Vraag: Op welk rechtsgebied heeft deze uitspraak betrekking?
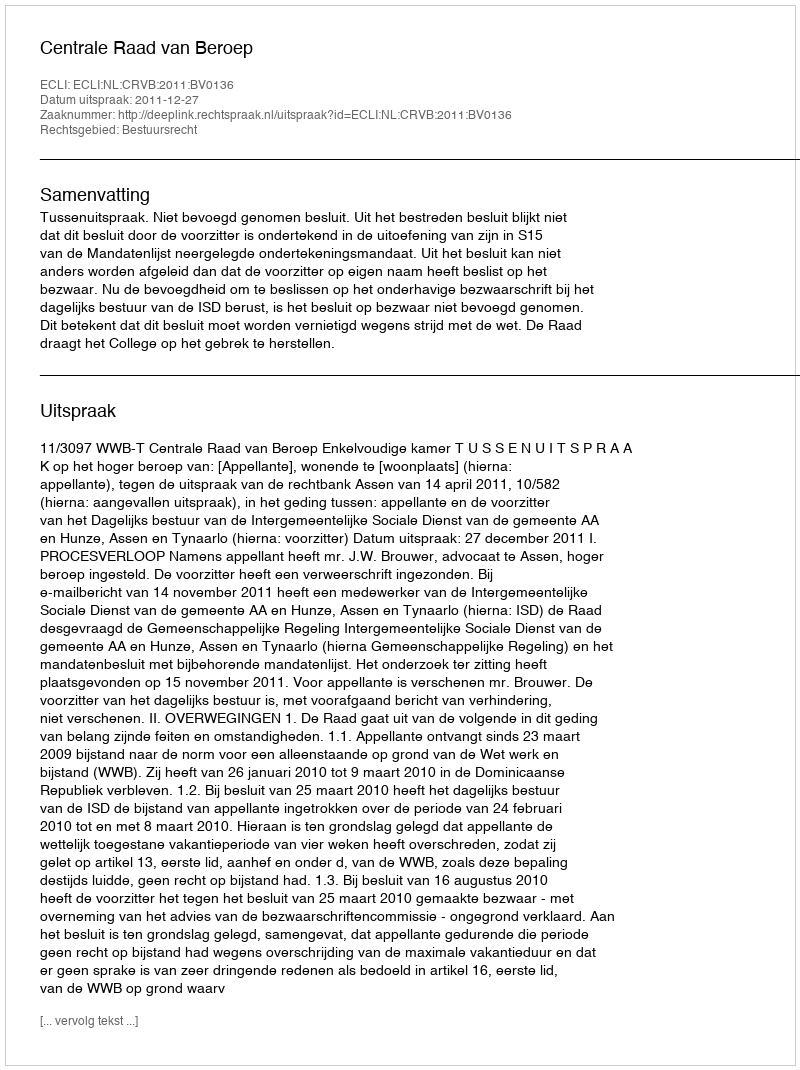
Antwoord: Bestuursrecht